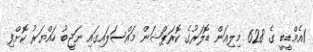
1އެމްޑީބީ ގެ 628 މިލިއަން ޑޮލަރުގެ ކޮރަޕްޝަން މައްސަލައިގައި ނަޖީބު ހައްޔަރު ކޮށްފި